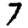
Digit: 7